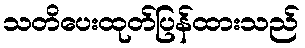
သတိပေးထုတ်ပြန်ထားသည်